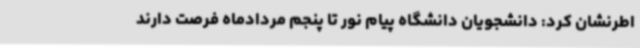
اطرنشان کرد: دانشجویان دانشگاه پیام نور تا پنجم مردادماه فرصت دارند